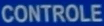
CONTROLE